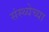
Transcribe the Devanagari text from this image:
संस्थ्येच्या